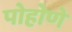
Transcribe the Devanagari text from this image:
पोहोणे